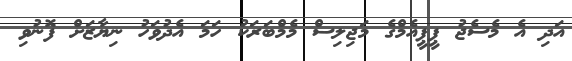
އަދި އެ މެސެޖު ޕީޕީއެމްގެ މަޖިލިސް މެމްބަރަކު ހަމަ އެދުވަހު ނިޔާޒަށް ފޮނުވި